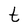
Character: t